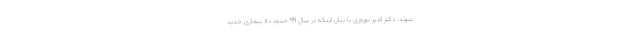
شوند. دکتر امیر نوروزی با بیان اینکه در سال ۹۹ حدود ۸۰ بیماری جدید